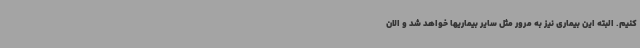
کنیم. البته این بیماری نیز به مرور مثل سایر بیماریها خواهد شد و الان